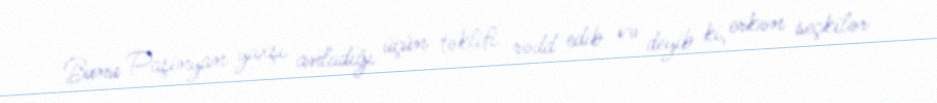
Bunu Paşinyan yaxşı anladığı üçün təklifi rədd edib və deyib ki, erkən seçkilər